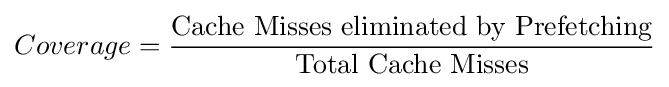
Coverage={\frac {\text{Cache Misses eliminated by Prefetching}}{\text{Total Cache Misses}}}